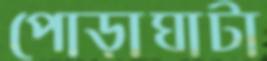
পোড়াঘাটা